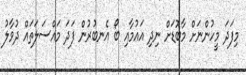
މިފަދަ މީހުންނަށް މާބޮޑަށް ނިދި އައުމާއި ބޯ އެނބުރުން ފަދަ މައްސަލަތައް ދުވާލު